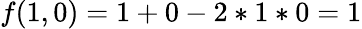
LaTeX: f(1,0)=1+0-2*1*0=1